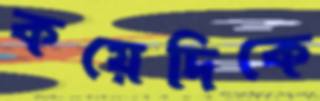
কয়েদিকে